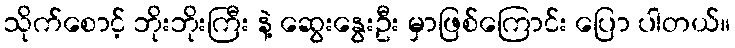
သိုက်စောင့် ဘိုးဘိုးကြီး နဲ့ ဆွေးနွေးဦး မှာဖြစ်ကြောင်း ပြော ပါတယ်။